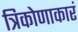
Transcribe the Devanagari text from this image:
त्रिकोणाकारं